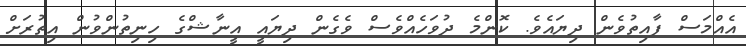
އެއްމަސް ފާއިތުވެން ދިޔައެވެ. ކޮންމެ ދުވަހެއްވެސް ވެގެން ދިޔައީ އީނާޝްގެ ހިނިތުންވުން އިތުރަށް